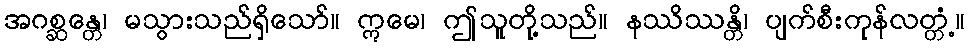
အဂစ္ဆန္တေ၊ မသွားသည်ရှိသော်။ ဣမေ၊ ဤသူတို့သည်။ နဿိဿန္တိ၊ ပျက်စီးကုန်လတ္တံ့။